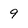
Character: 9